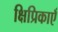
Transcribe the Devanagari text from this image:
क्षिप्रिकाएँ